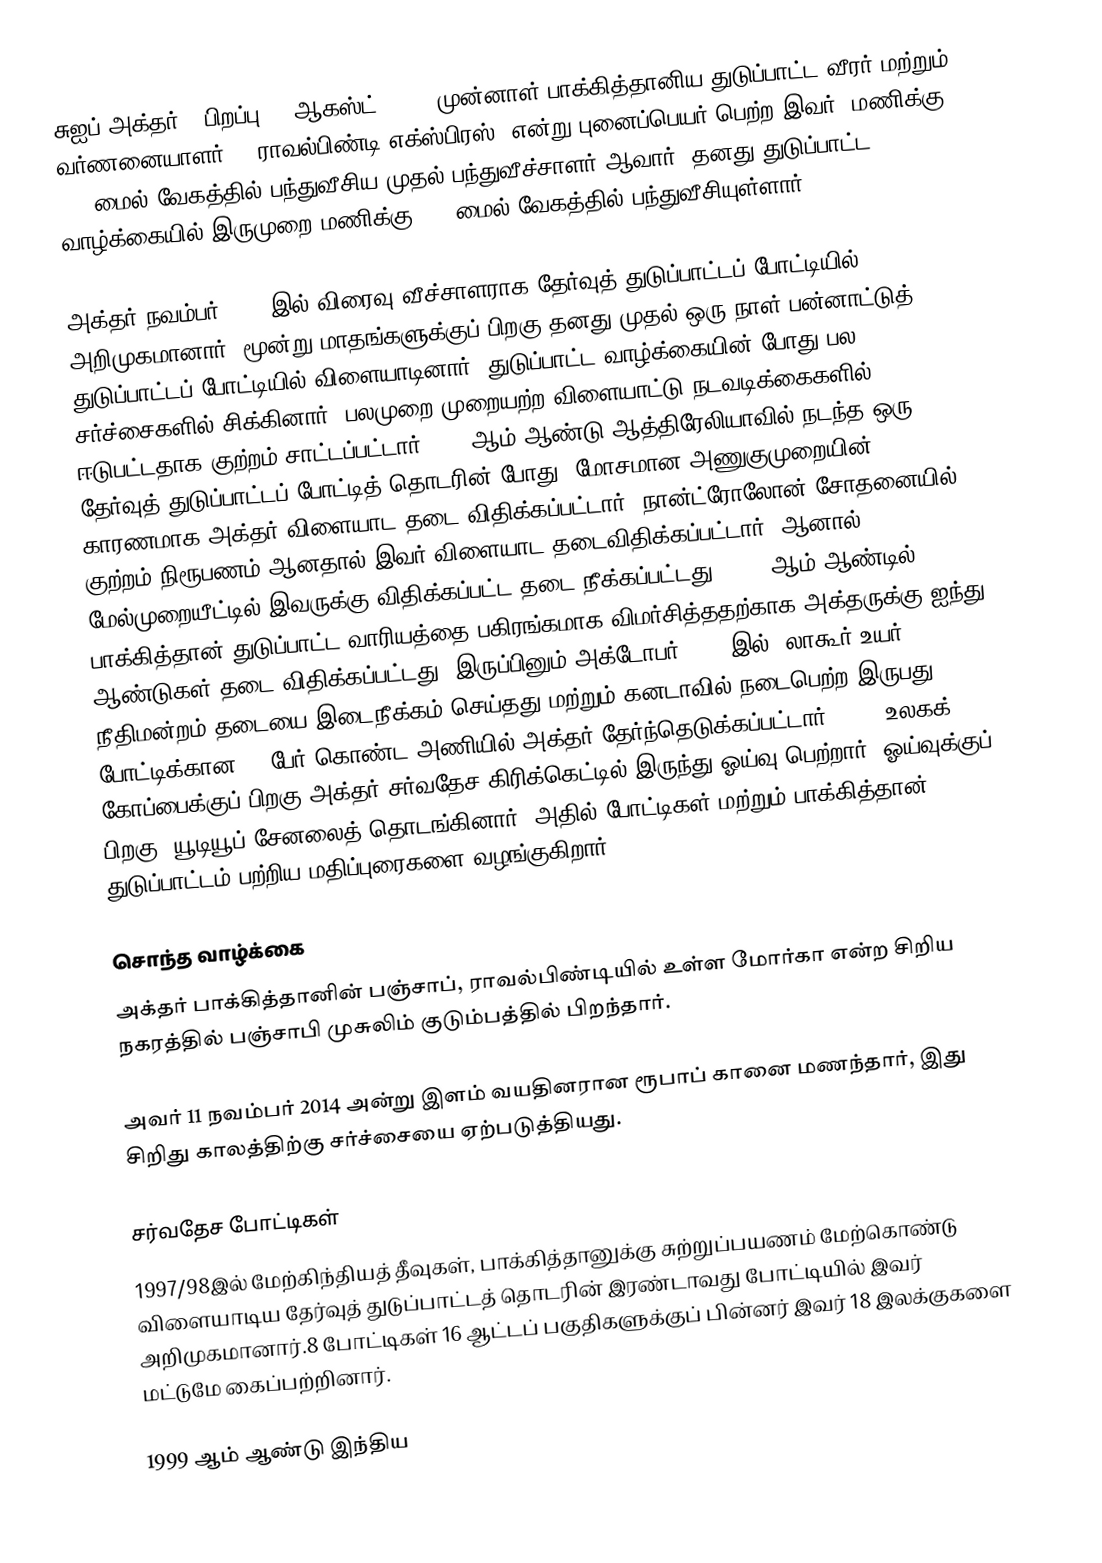
சுஐப் அக்தர் (    பிறப்பு 13 ஆகஸ்ட் 1975) முன்னாள் பாக்கித்தானிய துடுப்பாட்ட வீரர் மற்றும் வர்ணனையாளர் . "ராவல்பிண்டி எக்ஸ்பிரஸ்" என்று புனைப்பெயர் பெற்ற இவர்,  மணிக்கு 100 மைல் வேகத்தில் பந்துவீசிய முதல் பந்துவீச்சாளர் ஆவார். தனது துடுப்பாட்ட வாழ்க்கையில் இருமுறை மணிக்கு 100 மைல் வேகத்தில் பந்துவீசியுள்ளார்.

அக்தர் நவம்பர் 1997 இல்  விரைவு வீச்சாளராக தேர்வுத் துடுப்பாட்டப் போட்டியில் அறிமுகமானார். மூன்று மாதங்களுக்குப் பிறகு தனது முதல் ஒரு நாள் பன்னாட்டுத் துடுப்பாட்டப் போட்டியில் விளையாடினார்.  துடுப்பாட்ட வாழ்க்கையின் போது பல சர்ச்சைகளில் சிக்கினார், பலமுறை முறையற்ற விளையாட்டு நடவடிக்கைகளில் ஈடுபட்டதாக குற்றம் சாட்டப்பட்டார்.2005 ஆம் ஆண்டு ஆத்திரேலியாவில் நடந்த ஒரு தேர்வுத் துடுப்பாட்டப் போட்டித் தொடரின் போது, மோசமான அணுகுமுறையின் காரணமாக அக்தர் விளையாட தடை விதிக்கப்பட்டார். நான்ட்ரோலோன் சோதனையில் குற்றம் நிரூபணம் ஆனதால் இவர் விளையாட தடைவிதிக்கப்பட்டார். ஆனால், மேல்முறையீட்டில் இவருக்கு விதிக்கப்பட்ட தடை நீக்கப்பட்டது. 2008 ஆம் ஆண்டில், பாக்கித்தான் துடுப்பாட்ட வாரியத்தை பகிரங்கமாக விமர்சித்ததற்காக அக்தருக்கு ஐந்து ஆண்டுகள் தடை விதிக்கப்பட்டது,  இருப்பினும் அக்டோபர் 2008 இல், லாகூர் உயர் நீதிமன்றம் தடையை இடைநீக்கம் செய்தது மற்றும் கனடாவில் நடைபெற்ற இருபது20 போட்டிக்கான 15 பேர் கொண்ட அணியில் அக்தர் தேர்ந்தெடுக்கப்பட்டார். 2011 உலகக் கோப்பைக்குப் பிறகு அக்தர் சர்வதேச கிரிக்கெட்டில் இருந்து ஓய்வு பெற்றார். ஓய்வுக்குப் பிறகு,  யூடியூப் சேனலைத் தொடங்கினார், அதில் போட்டிகள் மற்றும் பாக்கித்தான் துடுப்பாட்டம் பற்றிய மதிப்புரைகளை வழங்குகிறார்.

சொந்த வாழ்க்கை
அக்தர் பாக்கித்தானின் பஞ்சாப், ராவல்பிண்டியில் உள்ள மோர்கா என்ற சிறிய நகரத்தில் பஞ்சாபி முசுலிம் குடும்பத்தில் பிறந்தார்.

அவர் 11 நவம்பர் 2014 அன்று இளம் வயதினரான ரூபாப் கானை மணந்தார், இது சிறிது காலத்திற்கு சர்ச்சையை ஏற்படுத்தியது.

சர்வதேச போட்டிகள்
1997/98இல் மேற்கிந்தியத் தீவுகள், பாக்கித்தானுக்கு சுற்றுப்பயணம் மேற்கொண்டு விளையாடிய தேர்வுத் துடுப்பாட்டத் தொடரின் இரண்டாவது போட்டியில் இவர் அறிமுகமானார்.8 போட்டிகள் 16 ஆட்டப் பகுதிகளுக்குப் பின்னர் இவர் 18 இலக்குகளை மட்டுமே கைப்பற்றினார்.

1999 ஆம் ஆண்டு இந்திய